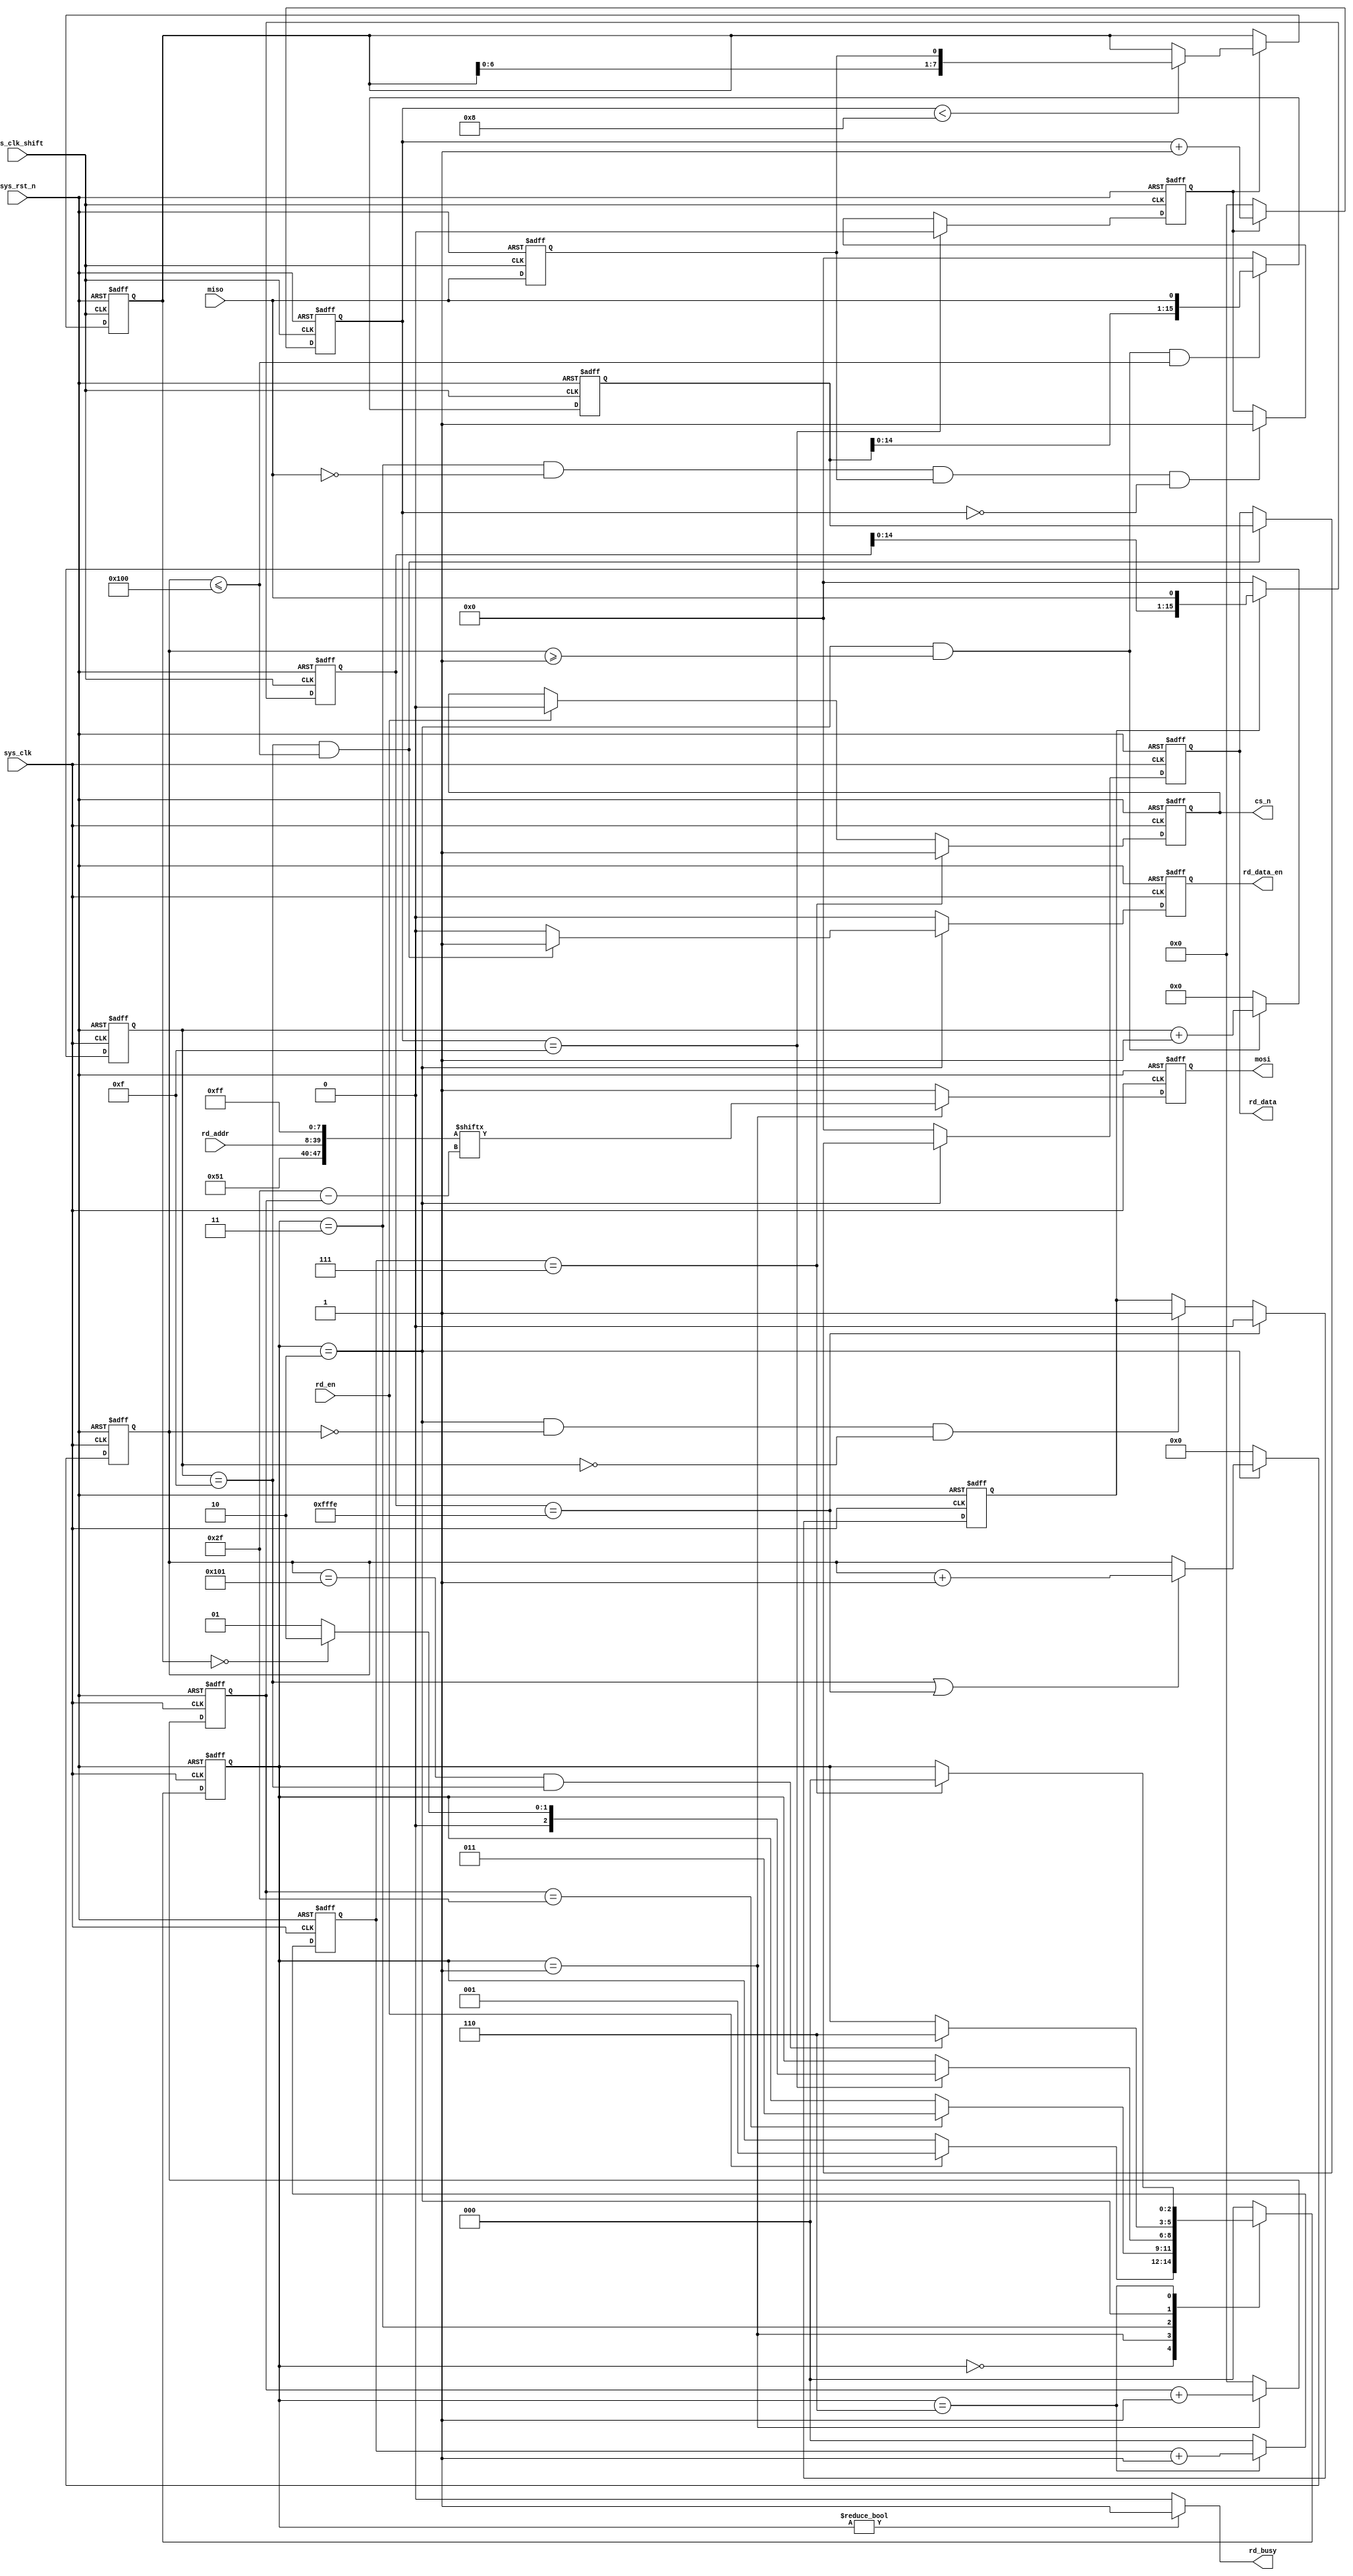
//*************************************************************************
//*  ASIC                                                                *
//*  UART2SD                                               
//*  Top File : sd_read.v                                                 *
//*  Author: Abdelazeem                                                   *
//*  Revision 0.1                                                         *
//*  Date     2024/01/26                                                   *
//*  Email : a.abdelazeem201@gmail.com                                      *
//*************************************************************************
`timescale  1ns/1ns

module  sd_read
(
    input   wire            sys_clk         ,  
    input   wire            sys_clk_shift   ,  
    input   wire            sys_rst_n       ,  
    input   wire            miso            ,  
    input   wire            rd_en           ,  
    input   wire    [31:0]  rd_addr         ,  

    output  wire            rd_busy         ,  
    output  reg             rd_data_en      ,  
    output  reg     [15:0]  rd_data         ,  
    output  reg             cs_n            ,  
    output  reg             mosi               
);

parameter   IDLE        =   3'b000  ,   
            SEND_CMD17  =   3'b001  ,   
            CMD17_ACK   =   3'b011  ,   
            RD_DATA     =   3'b010  ,   
            RD_END      =   3'b110  ;   
parameter   DATA_NUM    =   12'd256 ;   

wire    [47:0]  cmd_rd      ;   


reg     [2:0]   state       ;   
reg     [7:0]   cnt_cmd_bit ;   
reg             ack_en      ;   
reg     [7:0]   ack_data    ;   
reg     [7:0]   cnt_ack_bit ;   
reg     [11:0]  cnt_data_num;   
reg     [3:0]   cnt_data_bit;   
reg     [2:0]   cnt_end     ;   
reg             miso_dly    ;   
reg     [15:0]  rd_data_reg ;   
reg     [15:0]  byte_head   ;   
reg             byte_head_en;   


assign  rd_busy = (state != IDLE) ? 1'b1 : 1'b0;

assign  cmd_rd = {8'h51,rd_addr,8'hff};

always@(posedge sys_clk_shift or negedge sys_rst_n)
    if(sys_rst_n == 1'b0)
        miso_dly    <=  1'b0;
    else
        miso_dly    <=  miso;

always@(posedge sys_clk_shift or negedge sys_rst_n)
    if(sys_rst_n == 1'b0)
        ack_en  <=  1'b0;
    else    if(cnt_ack_bit == 8'd15)
        ack_en  <=  1'b0;
    else    if((state == CMD17_ACK) && (miso == 1'b0)
                && (miso_dly == 1'b1) && (cnt_ack_bit == 8'd0))
        ack_en  <=  1'b1;
    else
        ack_en  <=  ack_en;


always@(posedge sys_clk_shift or negedge sys_rst_n)
    if(sys_rst_n == 1'b0)
        begin
            ack_data    <=  8'b0;
            cnt_ack_bit <=  8'd0;
        end
    else    if(ack_en == 1'b1)
        begin
            cnt_ack_bit     <=  cnt_ack_bit + 8'd1;
            if(cnt_ack_bit < 8'd8)
                ack_data    <=  {ack_data[6:0],miso_dly};
            else
                ack_data    <=  ack_data;
        end
    else
        cnt_ack_bit <=  8'd0;

always@(posedge sys_clk or negedge sys_rst_n)
    if(sys_rst_n == 1'b0)
        state   <=  IDLE;
    else
        case(state)
            IDLE:
                if(rd_en == 1'b1)
                    state   <=  SEND_CMD17;
                else
                    state   <=  state;
            SEND_CMD17:
                if(cnt_cmd_bit == 8'd47)
                    state   <=  CMD17_ACK;
                else
                    state   <=  state;
            CMD17_ACK:
                if(cnt_ack_bit == 8'd15)
                    if(ack_data == 8'h00)
                        state   <=  RD_DATA;
                    else
                        state   <=  SEND_CMD17;
                else
                    state   <=  state;
            RD_DATA:
                if((cnt_data_num == (DATA_NUM + 1'b1))
                    && (cnt_data_bit == 4'd15))
                    state   <=  RD_END;
                else
                    state   <=  state;
            RD_END:
                if(cnt_end == 3'd7)
                    state   <=  IDLE;
                else
                    state   <=  state;
            default:state   <=  IDLE;
        endcase


always@(posedge sys_clk or negedge sys_rst_n)
    if(sys_rst_n == 1'b0)
        cs_n    <=  1'b1;
    else    if(cnt_end == 3'd7)
        cs_n    <=  1'b1;
    else    if(rd_en == 1'b1)
        cs_n    <=  1'b0;
    else
        cs_n    <=  cs_n;


always@(posedge sys_clk or negedge sys_rst_n)
    if(sys_rst_n == 1'b0)
        cnt_cmd_bit     <=  8'd0;
    else    if(state == SEND_CMD17)
        cnt_cmd_bit     <=  cnt_cmd_bit + 8'd1;
    else
        cnt_cmd_bit     <=  8'd0;


always@(posedge sys_clk or negedge sys_rst_n)
    if(sys_rst_n == 1'b0)
        mosi    <=  1'b1;
    else    if(state == SEND_CMD17)
        mosi    <=  cmd_rd[8'd47 - cnt_cmd_bit];
    else
        mosi    <=  1'b1;


always@(posedge sys_clk_shift or negedge sys_rst_n)
    if(sys_rst_n == 1'b0)
        byte_head   <=  16'b0;
    else    if(byte_head_en == 1'b0)
        byte_head   <=  16'b0;
    else    if(byte_head_en == 1'b1)
        byte_head   <=  {byte_head[14:0],miso};
    else
        byte_head   <=  byte_head;


always@(posedge sys_clk or negedge sys_rst_n)
    if(sys_rst_n == 1'b0)
        byte_head_en    <=  1'b0;
    else    if(byte_head == 16'hfffe)
        byte_head_en    <=  1'b0;
    else    if((state == RD_DATA) && (cnt_data_num == 12'd0)
                && (cnt_data_bit == 4'd0))
        byte_head_en    <=  1'b1;
    else
        byte_head_en    <=  byte_head_en;

always@(posedge sys_clk or negedge sys_rst_n)
    if(sys_rst_n == 1'b0)
        cnt_data_bit    <=  4'd0;
    else    if((state == RD_DATA) && (cnt_data_num >= 12'd1))
        cnt_data_bit    <=  cnt_data_bit + 4'd1;
    else
        cnt_data_bit    <=  4'd0;

always@(posedge sys_clk or negedge sys_rst_n)
    if(sys_rst_n == 1'b0)
        cnt_data_num    <=  12'd0;
    else    if(state == RD_DATA)
        if((cnt_data_bit == 4'd15) || (byte_head == 16'hfffe))
            cnt_data_num    <=  cnt_data_num + 12'd1;
        else
            cnt_data_num    <=  cnt_data_num;
    else
        cnt_data_num    <=  12'd0;


always@(posedge sys_clk_shift or negedge sys_rst_n)
    if(sys_rst_n == 1'b0)
        rd_data_reg <=  16'd0;
    else    if((state == RD_DATA) && (cnt_data_num >= 12'd1)
                && (cnt_data_num <= DATA_NUM))
        rd_data_reg <=  {rd_data_reg[14:0],miso};
    else
        rd_data_reg <=  16'd0;


always@(posedge sys_clk or negedge sys_rst_n)
    if(sys_rst_n == 1'b0)
        begin
            rd_data_en  <=  1'b0;
            rd_data     <=  16'd0;
        end
    else    if(state == RD_DATA)
        begin
            if((cnt_data_bit == 4'd15) && (cnt_data_num <= DATA_NUM))
                begin
                    rd_data_en  <=  1'b1;
                    rd_data     <=  rd_data_reg;
                end
            else
                begin
                    rd_data_en  <=  1'b0;
                    rd_data     <=  rd_data;
                end
        end
    else
        begin
            rd_data_en  <=  1'b0;
            rd_data     <=  16'd0;
        end

always@(posedge sys_clk or negedge sys_rst_n)
    if(sys_rst_n == 1'b0)
        cnt_end <=  3'd0;
    else    if(state == RD_END)
        cnt_end <=  cnt_end + 3'd1;
    else
        cnt_end <=  3'd0;

endmodule